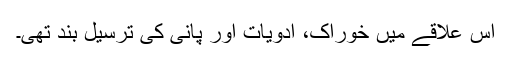
اس علاقے میں خوراک، ادویات اور پانی کی ترسیل بند تھی۔